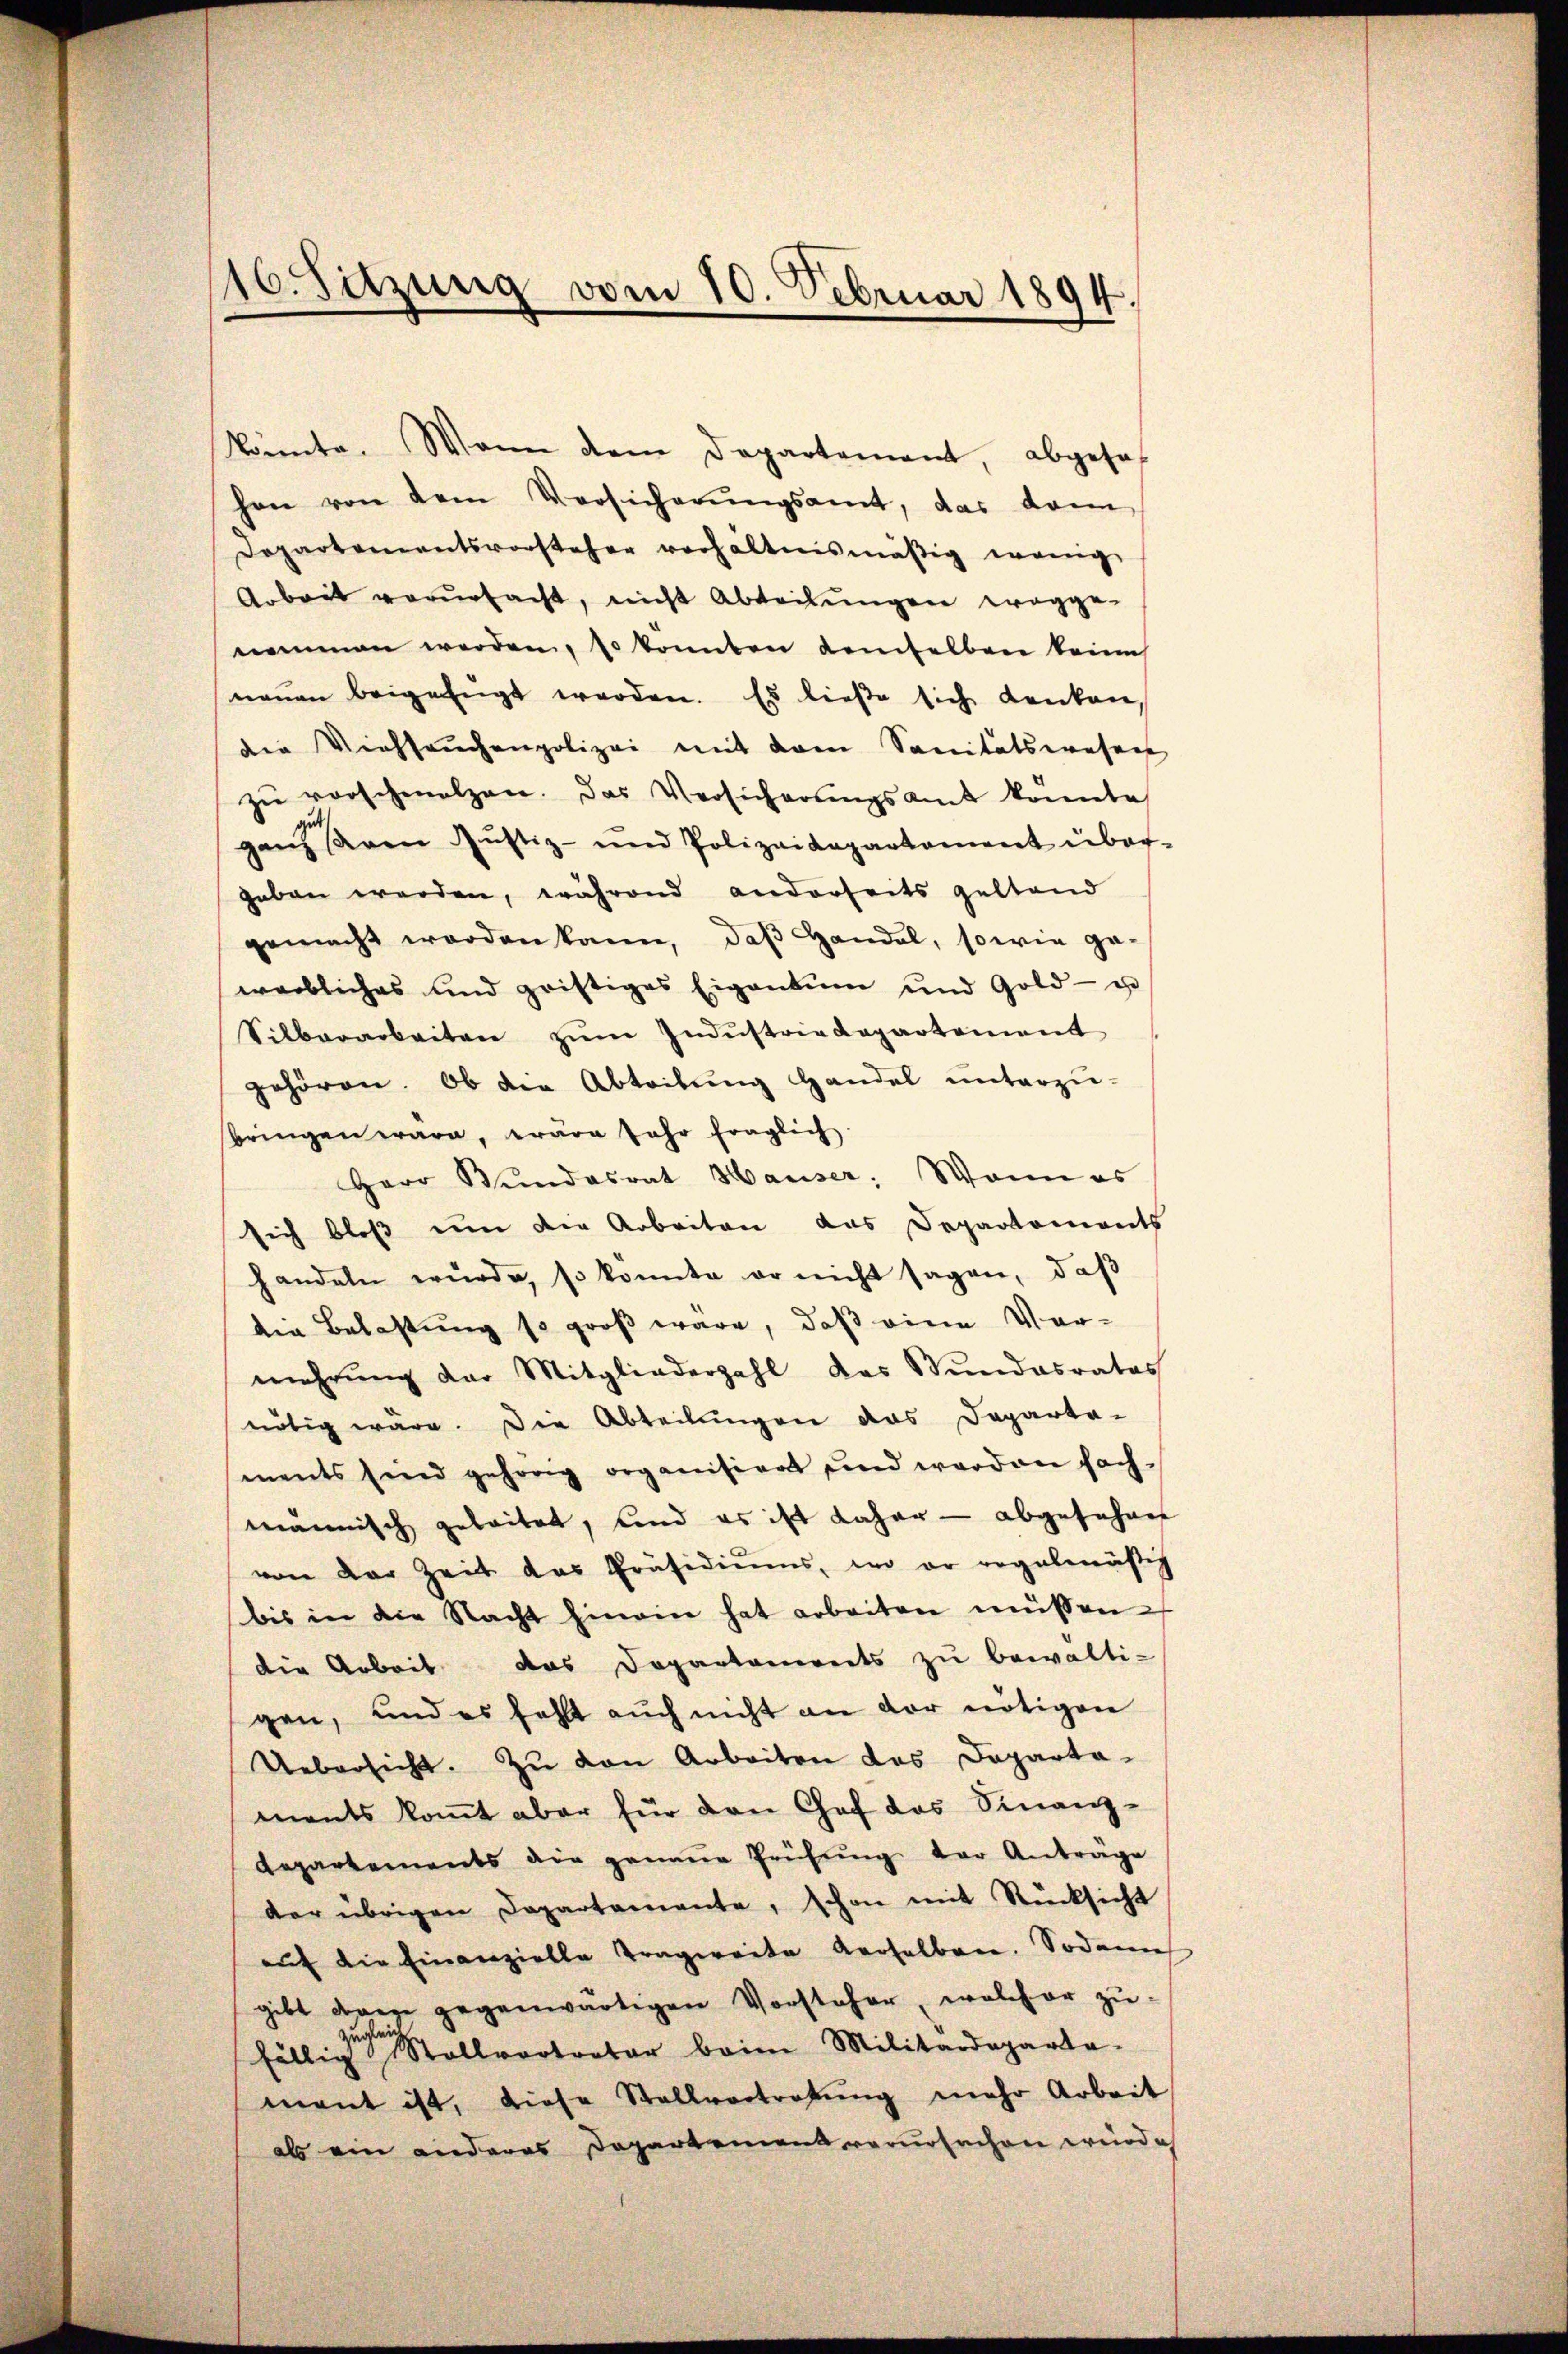
16. Sitzung vom 10. Februar 1894.

konnte. Wenn dem Departement, abgeset
hon von dem Versicherungsamt, das dann
Departementsvorsteher verhältnismäßig wenige
Arbeit verursacht, nicht Abteilungen wegge-
nommen werden, so konnten demselben keine
nonen beigefügt werden. Es ließe sich denken
die Viehseuchenpolizei mit dem Sanitätswesens
zŭ verschmalzen. Das Versicherŭngsamt konnte
ganz sein Justiz- und Polizeidepartament über-
geben werden, während anderseits gestand
gemacht worden kann, daß Handel, sowie ge-
werbliches und gristiges Eigentum und Gold- u
Silberarbeiten zŭm Industriedepartement
gehören. Ob die Abteilŭng handel ŭnterzŭ-
bringen wäre, wäre Jahr fraglich
Herr Bŭndesrat Hauser. Wann es
sich bloß um der Arbeiten das Departements
handeln wurde, so konnte er nicht sagen, daß
die Belastung so groß wäre, daß eine Vermehrŭng der Mitgliederzahl das Stundesrates
nötig wäre. Die Abteilungen das Departa-
ments sind gehörig organisiert und werden fachmännisch geleitet, und es ist daher — abgeführen
von der Zeit das Präsidiums, wo er regelmäßig
bis in die Nacht hinein hat arbeiten müssen
die Arbeit das Departanereits zu bewälti-
gen, und es fehlt aŭch nicht an der nötigen
Uebersicht. Zu den Arbeiten das Departa-
ments komt aber für den Chef das Finanz-
Repartements die genaue Prüfŭng der Antrage
der übrigen Departemente, schon mit Rücksicht
aŭf die Einanzielle Tragweite derselben. Sodann
gibt darge gegenwärtigen Vorsteher, welcher zŭ-
fällige Rollvortreter beim Militärdeparta-
mant ist, diese Stellvertretŭng mehr Arbeit
als ein anderes Departement verursachen würde,